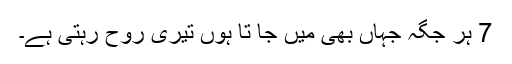
7 ہر جگہ جہاں بھی میں جا تا ہوں تیری رُوح رہتی ہے۔